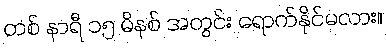
တစ် နာရီ ၁၅ မိနစ် အတွင်း ရောက်နိုင်မလား။